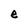
Character: e